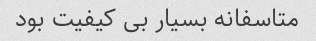
متاسفانه بسیار بی کیفیت بود